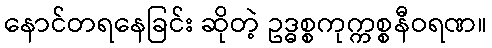
နောင်တရနေခြင်း ဆိုတဲ့ ဥဒ္ဓစ္စကုက္ကစ္စနီဝရဏ။